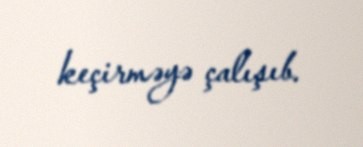
keçirməyə çalışıb.